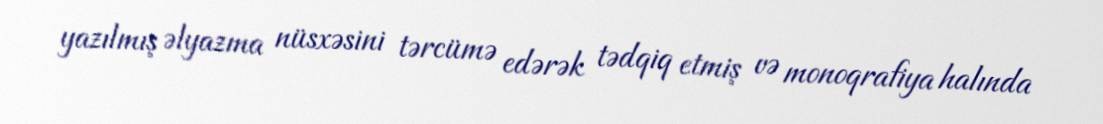
yazılmış əlyazma nüsxəsini tərcümə edərək tədqiq etmiş və monoqrafiya halında